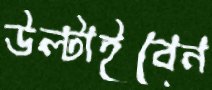
উল্‌টাইবেন